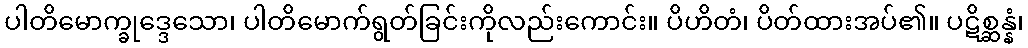
ပါတိမောက္ခုဒ္ဒေသော၊ ပါတိမောက်ရွတ်ခြင်းကိုလည်းကောင်း။ ပိဟိတံ၊ ပိတ်ထားအပ်၏။ ပဋိစ္ဆန္နံ၊